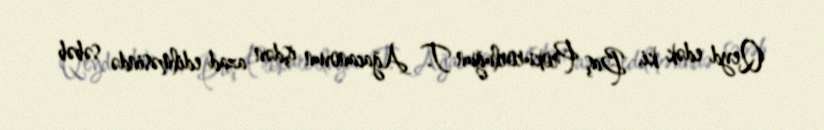
Qeyd edək ki, Baş Prokurorluğun T. Ağacanovun işdən azad edilməsində səbəb